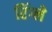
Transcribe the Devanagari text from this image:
रिंग्ले